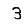
Digit: 3